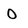
Character: O